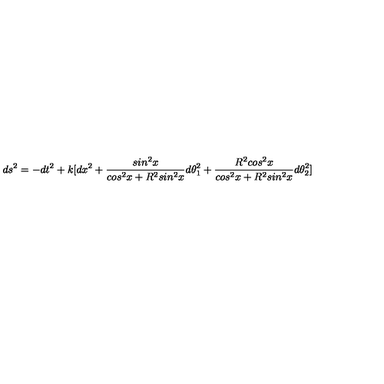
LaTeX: d s ^ { 2 } = - d t ^ { 2 } + k [ d x ^ { 2 } + \frac { s i n ^ { 2 } x } { c o s ^ { 2 } x + R ^ { 2 } s i n ^ { 2 } x } d \theta _ { 1 } ^ { 2 } + \frac { R ^ { 2 } c o s ^ { 2 } x } { c o s ^ { 2 } x + R ^ { 2 } s i n ^ { 2 } x } d \theta _ { 2 } ^ { 2 } ]